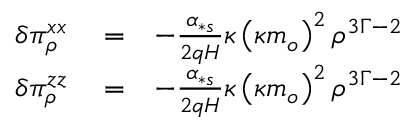
\begin{array} { r l r } { \delta \pi _ { \rho } ^ { x x } } & { { } = } & { - \frac { \alpha _ { \ast s } } { 2 q H } \kappa \left( \kappa m _ { o } \right) ^ { 2 } \rho ^ { 3 \Gamma - 2 } } \\ { \delta \pi _ { \rho } ^ { z z } } & { { } = } & { - \frac { \alpha _ { \ast s } } { 2 q H } \kappa \left( \kappa m _ { o } \right) ^ { 2 } \rho ^ { 3 \Gamma - 2 } } \end{array}